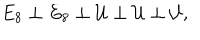
E _ { 8 } \perp E _ { 8 } \perp { \cal U } \perp { \cal U } \perp { \cal U } ,